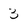
Character: 3